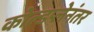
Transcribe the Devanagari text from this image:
कोल्डप्लेनंतर